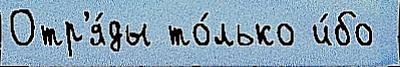
Отр'я́ды то́лько и́бо